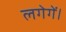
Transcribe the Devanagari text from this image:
लगेगें।